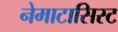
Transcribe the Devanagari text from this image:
नेमाटासिस्ट